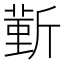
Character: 𣂼